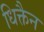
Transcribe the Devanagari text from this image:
धिक्तैन